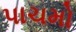
પાચમો